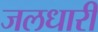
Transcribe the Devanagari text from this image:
जलधारी